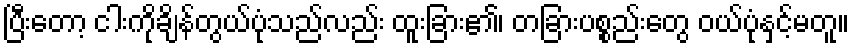
ပြီးတော့ ငါးကိုချိန်တွယ်ပုံသည်လည်း ထူးခြား၏၊ တခြားပစ္စည်းတွေ ဝယ်ပုံနှင့်မတူ။